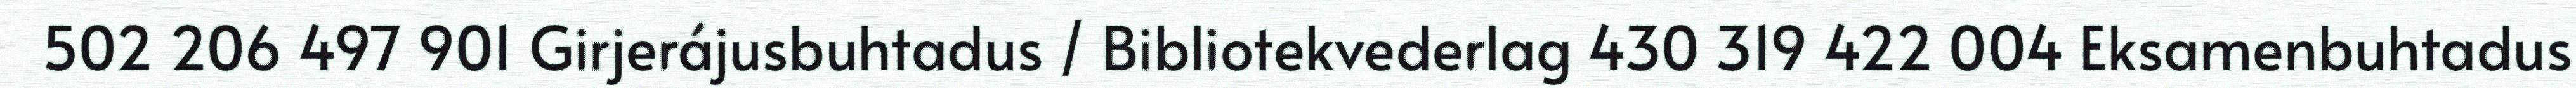
502 206 497 901 Girjerájusbuhtadus / Bibliotekvederlag 430 319 422 004 Eksamenbuhtadus